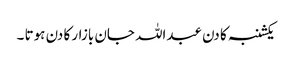
یکشنبہ کا دن عبداللہ جان بازار کا دن ہوتا ۔